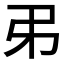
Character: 𢎨